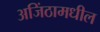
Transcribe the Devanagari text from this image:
अजिंठामधील